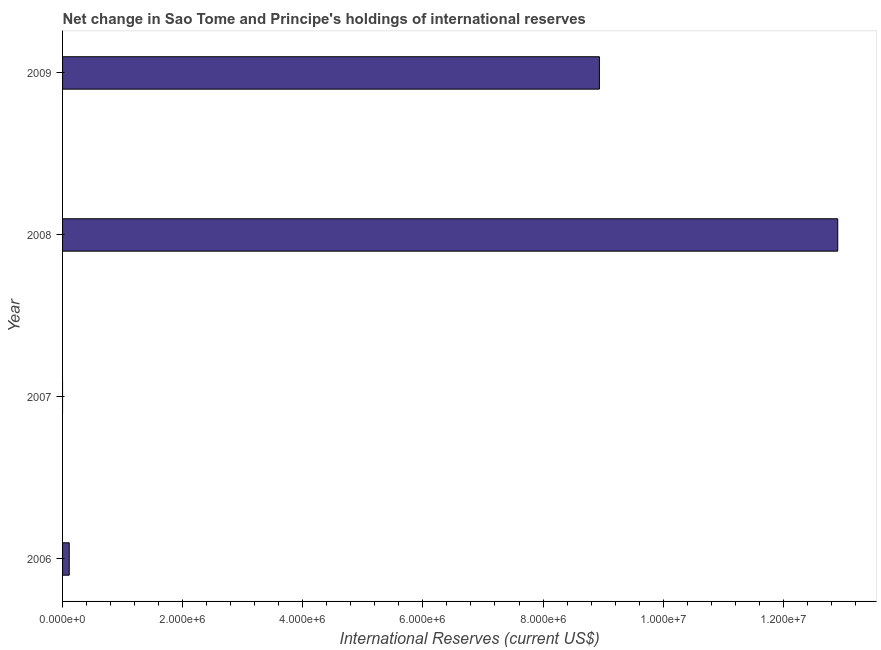
| Year | Reserves and related items |
 | --- | --- |
 | 2006 | 1.11e+05 |
 | 2007 | -1.55e+08 |
 | 2008 | 1.29e+07 |
 | 2009 | 8.94e+06 |